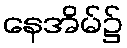
နေအိမ်၌